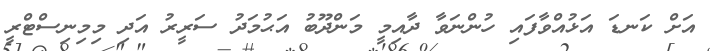
އަށް ކަނޑަ އަޅުއްވާފައި ހުންނަވާ ދާއިމީ މަންދޫބު އަޙުމަދު ސަރީރު އަދި މިމިނިސްޓްރީ